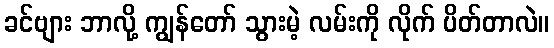
ခင်ဗျား ဘာလို့ ကျွန်တော် သွားမဲ့ လမ်းကို လိုက် ပိတ်တာလဲ။